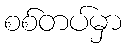
စစ်တပ်မှာ